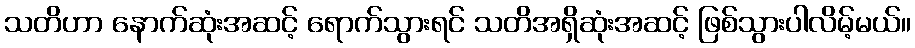
သတိဟာ နောက်ဆုံးအဆင့် ရောက်သွားရင် သတိအရှိဆုံးအဆင့် ဖြစ်သွားပါလိမ့်မယ်။